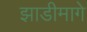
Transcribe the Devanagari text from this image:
झाडीमागे